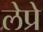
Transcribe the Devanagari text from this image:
लेप्रे